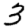
Digit: 3